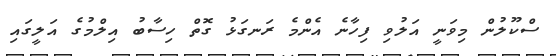
ސްކޫލުން މިވަނީ އަލުވި ފިހާނެ އެންމެ ރަނގަޅު ގޮތް ހިސާބު އިލްމުގެ އަލީގައި